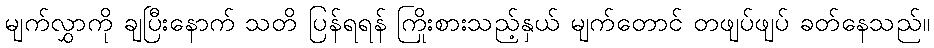
မျက်လွှာကို ချပြီးနောက် သတိ ပြန်ရရန် ကြိုးစားသည့်နှယ် မျက်တောင် တဖျပ်ဖျပ် ခတ်နေသည်။